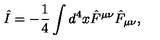
\hat { I } = - \frac { 1 } { 4 } \int d ^ { 4 } x \hat { F } ^ { \mu \nu } \hat { F } _ { \mu \nu } ,